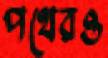
পথেরও